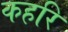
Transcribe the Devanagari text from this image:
कहरि